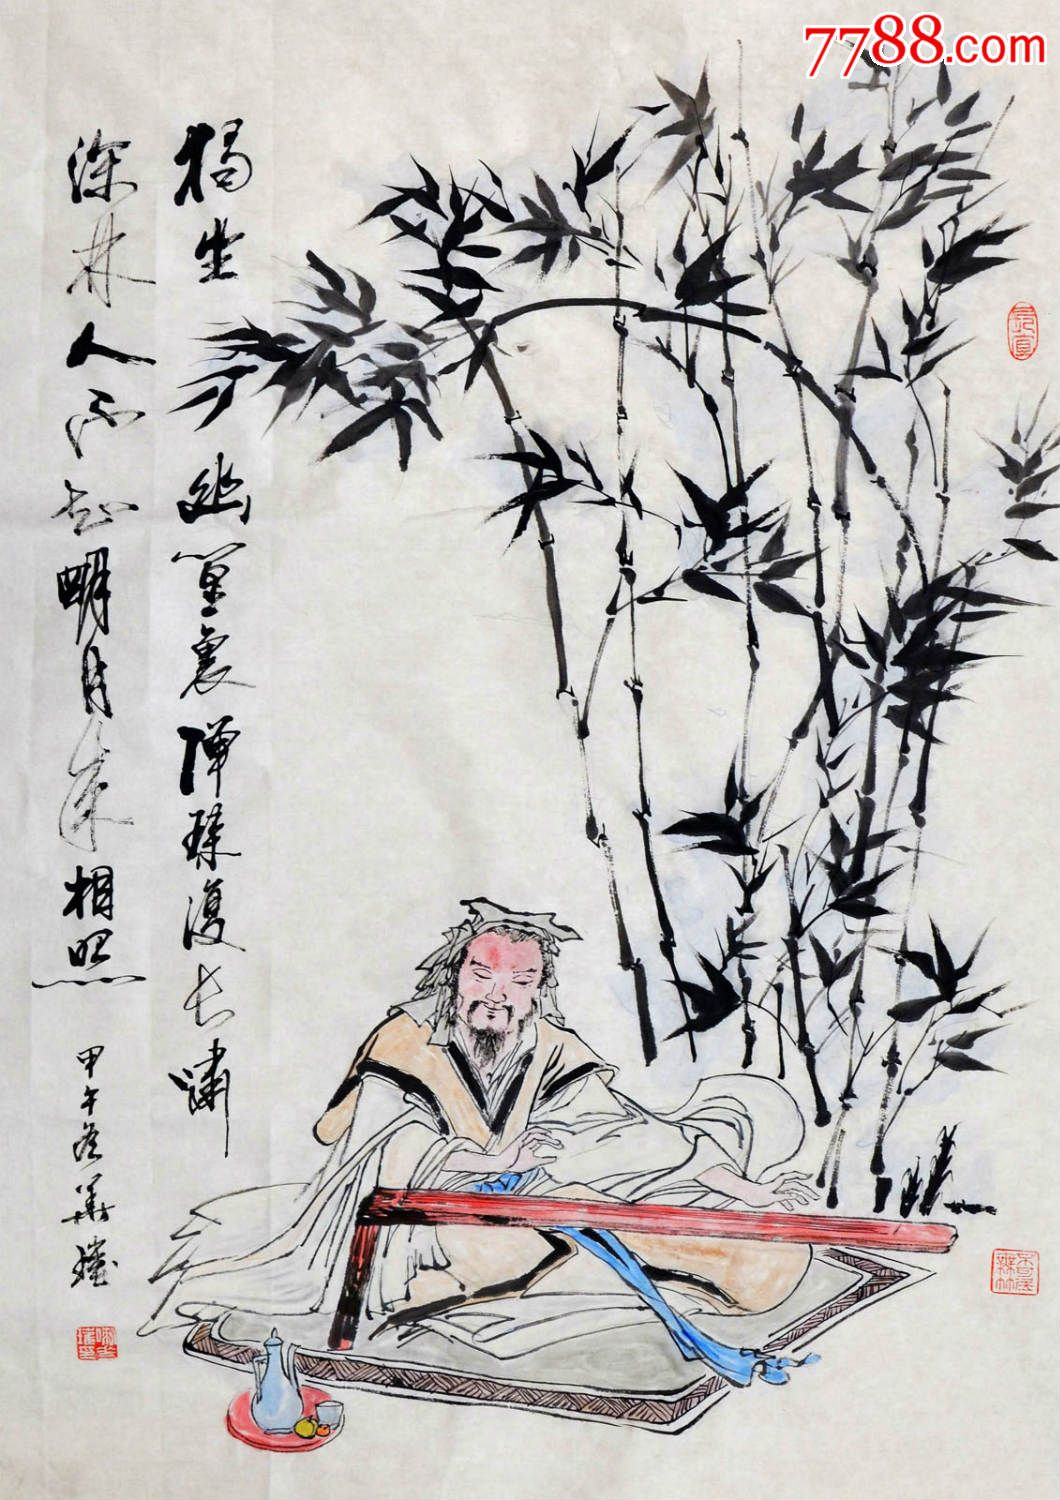
独坐幽篁里，弹琴复长啸。